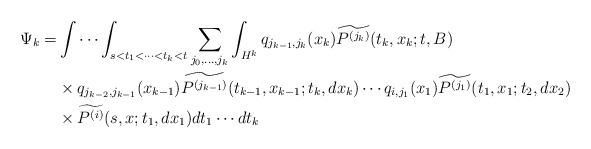
\begin{align*}\Psi_k =& \int\cdots\int_{s<t_1<\cdots<t_k<t} \sum_{j_0,\dots,j_k}\int_{H^k} q_{j_{k-1},j_{k}}(x_k)\widetilde{P^{(j_k)}}(t_k,x_k;t,B) \\&\times q_{j_{k-2},j_{k-1}}(x_{k-1})\widetilde{P^{(j_{k-1})}}(t_{k-1},x_{k-1};t_{k},dx_{k})\cdots q_{i,j_{1}}(x_{1})\widetilde{P^{(j_1)}}(t_{1},x_{1};t_{2},dx_{2}) \\&\times \widetilde{P^{(i)}}(s,x;t_1,dx_1)dt_1\cdots dt_k\end{align*}